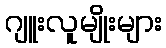
ဂျူးလူမျိုးများ